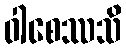
ဝါစေဿသိ